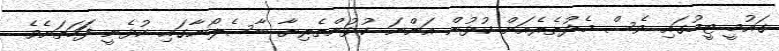
ގައުމީ ޓީމުގައި ވެސް މެދުތެރެއަށް ކުޅުން އަންނަ ކުޅުންތެރިޔާ ބާސެލޯނާގައި ކުޅެނީ ފަަހަތަށެވެ.